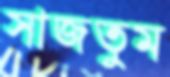
সাজতুম